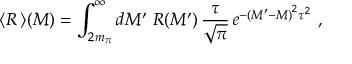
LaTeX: \langle R \, \rangle ( M ) = \int _ { 2 m _ { \pi } } ^ { \infty } d M ^ { \prime } ~ R ( M ^ { \prime } ) \, \frac { \tau } { \sqrt { \pi } } \, e ^ { - \left( M ^ { \prime } - M \right) ^ { 2 } \tau ^ { 2 } } \ ,